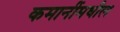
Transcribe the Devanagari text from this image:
कमानींमधील